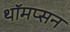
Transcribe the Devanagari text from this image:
थॉमप्सन